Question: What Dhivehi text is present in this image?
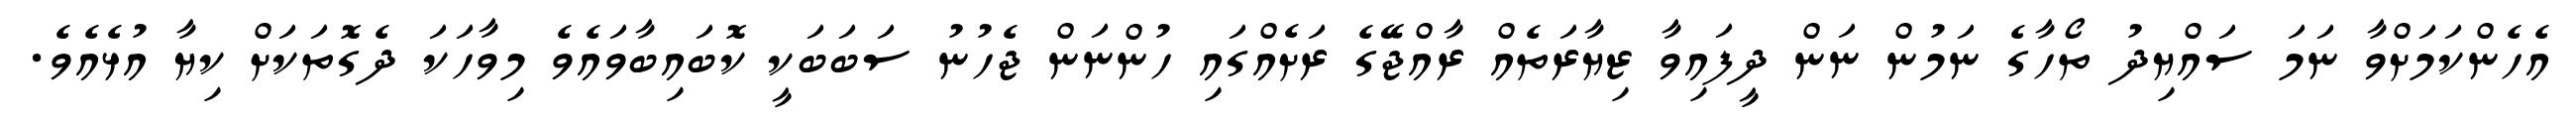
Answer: އެހެންކަމަށްވާ ނަމަ ސައްޔިދު ތޯހާގެ ނަމުން ނަން ދީފައިވާ ޒިޔާރަތެއް ރާއްޖޭގެ ރަށެއްގައި ހުންނަން ޖެހުނު ސަބަބަކީ ކޮބައިބާވައެވެ މިވާހަކަ ދެގޮތަކަށް ކިޔާ އުޅެއެވެ.